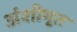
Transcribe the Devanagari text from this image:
अंशीभूत